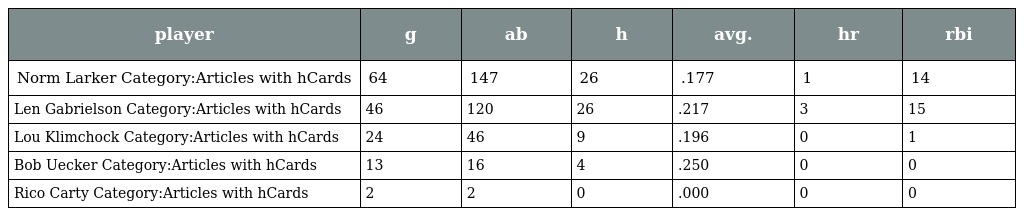
| player | g | ab | h | avg. | hr | rbi |
 | --- | --- | --- | --- | --- | --- | --- |
 | Norm Larker Category:Articles with hCards | 64 | 147 | 26 | .177 | 1 | 14 |
 | Len Gabrielson Category:Articles with hCards | 46 | 120 | 26 | .217 | 3 | 15 |
 | Lou Klimchock Category:Articles with hCards | 24 | 46 | 9 | .196 | 0 | 1 |
 | Bob Uecker Category:Articles with hCards | 13 | 16 | 4 | .250 | 0 | 0 |
 | Rico Carty Category:Articles with hCards | 2 | 2 | 0 | .000 | 0 | 0 |